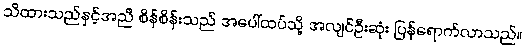
သိထားသည်နှင့်အညီ စိန်စိန်းသည် အပေါ်ထပ်သို့ အလျင်ဦးဆုံး ပြန်ရောက်လာသည်။